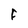
Character: F